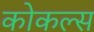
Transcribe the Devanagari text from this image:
कोकल्स